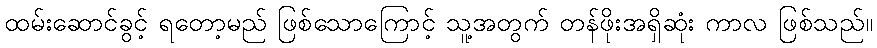
ထမ်းဆောင်ခွင့် ရတော့မည် ဖြစ်သောကြောင့် သူ့အတွက် တန်ဖိုးအရှိဆုံး ကာလ ဖြစ်သည်။